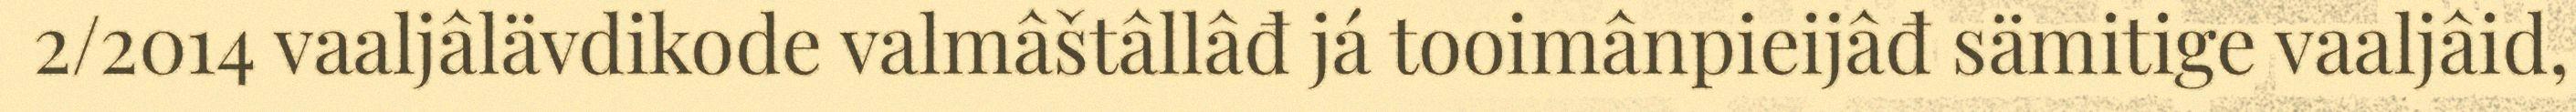
2/2014 vaaljâlävdikode valmâštâllâđ já tooimânpieijâđ sämitige vaaljâid,